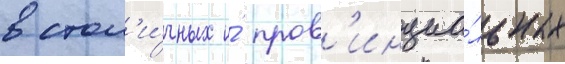
в стол'и́чных и́ пров'инциа́льных